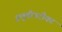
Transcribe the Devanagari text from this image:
इलुमीनटीका